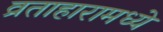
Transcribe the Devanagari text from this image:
व्रताहारामध्ये